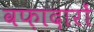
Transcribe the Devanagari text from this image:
वफ़ादारों